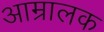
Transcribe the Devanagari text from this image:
आम्रालक